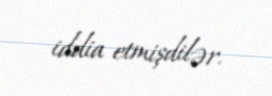
iddia etmişdilər.